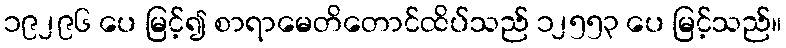
၁၉၂၉၆ ပေ မြင့်၍ စာရာမေတိတောင်ထိပ်သည် ၁၂၅၅၃ ပေ မြင့်သည်။